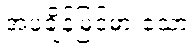
အပူချိန်မြင့်မားသော